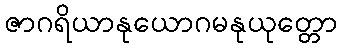
ဇာဂရိယာနုယောဂမနုယုတ္တော